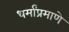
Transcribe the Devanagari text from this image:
धर्मांप्रमाणे